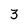
Character: 3